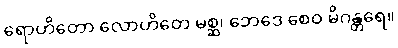
ရောဟိတော လောဟိတေ မစ္ဆ၊ ဘေဒေ စေဝ မိဂန္တရေ။